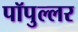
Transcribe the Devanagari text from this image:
पॉपुल्लर